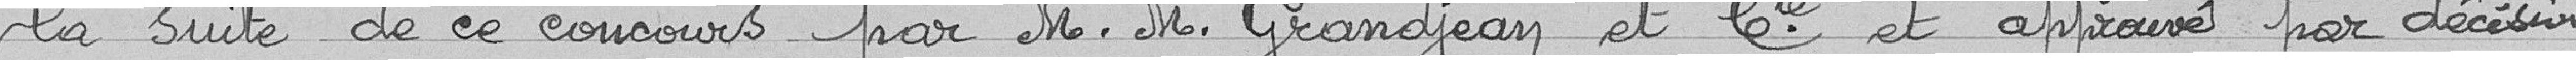
la suite de ce concours par Messieurs Grandjean et Compagnie et approuvé par décision